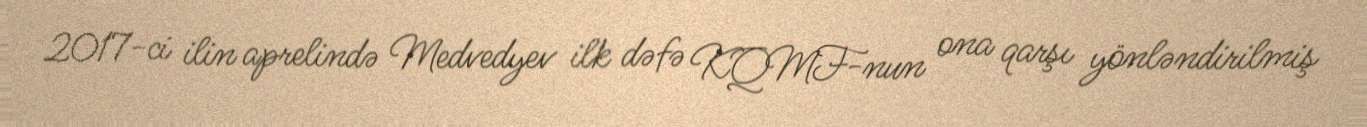
2017-ci ilin aprelində Medvedyev ilk dəfə KQMF-nun ona qarşı yönləndirilmiş